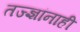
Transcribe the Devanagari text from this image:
तज्‍ज्ञांनाही